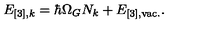
E _ { [ 3 ] , k } = \hbar \Omega _ { G } N _ { k } + E _ { [ 3 ] , \mathrm { v a c . } } .